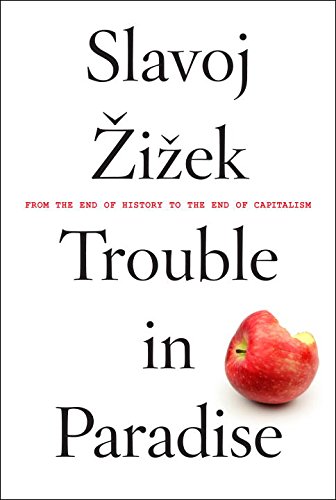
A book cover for Trouble in Paradise: From the End of History to the End of Capitalism; Slavoj Zizek; Business & Money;